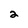
Character: 2